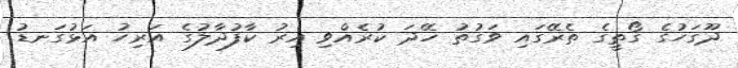
ދޫގަހުގެ ގޯތީގެ ތެރޭގައި ވަގުތު ހޭދަ ކުރެއްވި އިރު ކާފުދާލުގެ އަރިހު އަޅުގަނޑު